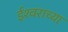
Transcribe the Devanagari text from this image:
ईश्‍वराच्या